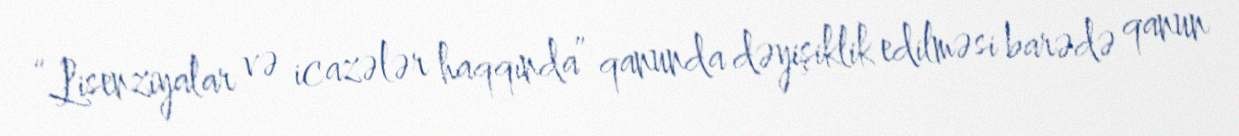
“Lisenziyalar və icazələr haqqında” qanunda dəyişiklik edilməsi barədə qanun